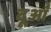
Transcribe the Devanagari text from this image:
दूआँ